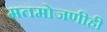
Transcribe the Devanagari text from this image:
मतमोजणीही